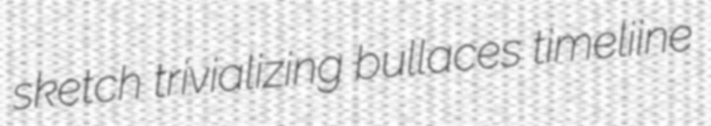
sketch trivializing bullaces timeliine